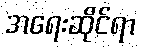
အရေးဆိုင်ရာ